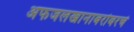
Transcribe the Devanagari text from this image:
अफजलखानाबरोबरचे